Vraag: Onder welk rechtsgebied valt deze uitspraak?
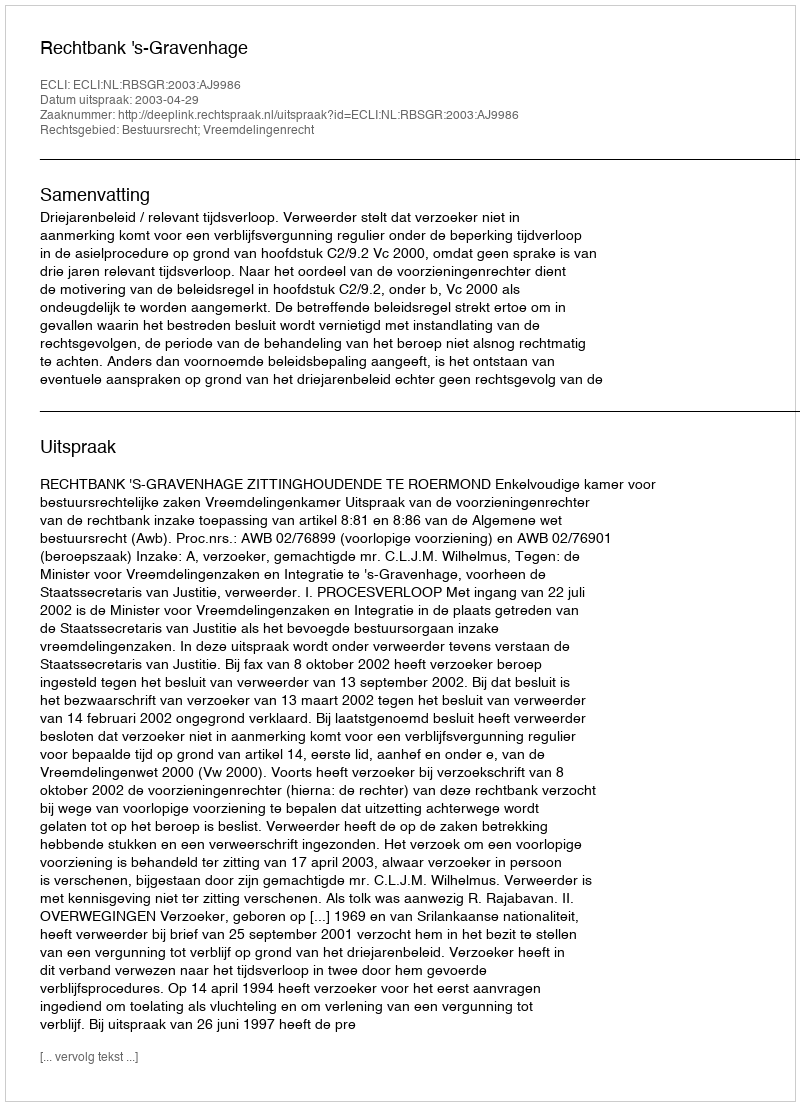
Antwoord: Bestuursrecht; Vreemdelingenrecht